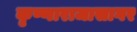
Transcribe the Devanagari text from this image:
कृष्णाराजासागर